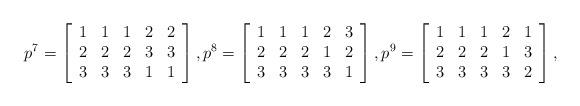
LaTeX: \begin{align*}p^{7}=\left[\begin{array}{ccccc} 1 & 1 & 1 & 2 & 2 \\ 2 & 2 & 2& 3 & 3 \\ 3 & 3 & 3& 1 & 1 \\\end{array}\right],p^{8}=\left[\begin{array}{ccccc} 1 & 1 & 1 & 2 & 3 \\ 2 & 2 & 2 & 1 & 2\\ 3 & 3 & 3 & 3 & 1\\\end{array}\right],p^{9}=\left[\begin{array}{ccccc} 1 & 1 & 1 & 2 & 1 \\ 2 & 2 & 2 & 1& 3\\ 3 & 3 & 3 & 3& 2\\\end{array}\right],\end{align*}